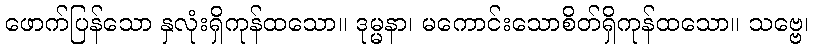
ဖောက်ပြန်သော နှလုံးရှိကုန်ထသော။ ဒုမ္မနာ၊ မကောင်းသောစိတ်ရှိကုန်ထသော။ သဗ္ဗေ၊